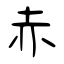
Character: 赤